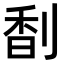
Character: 𠝲